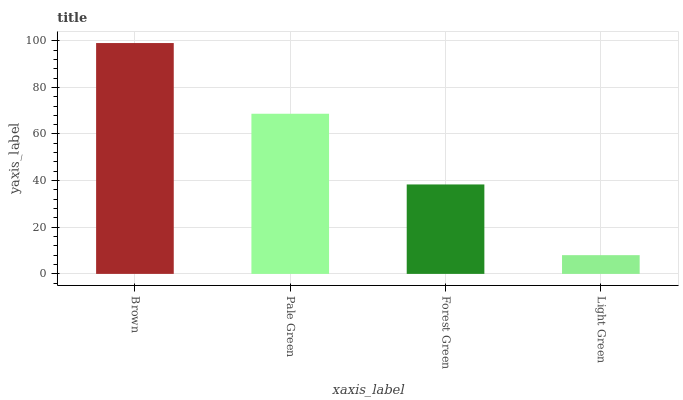
| xaxis_label | bars |
 | --- | --- |
 | Brown | 99 |
 | Pale Green | 68.7 |
 | Forest Green | 38.4 |
 | Light Green | 8.04 |